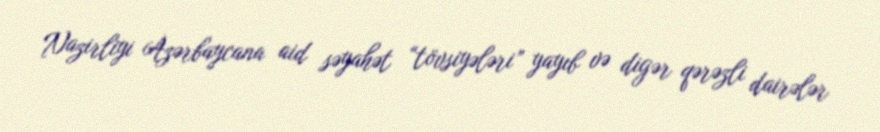
Nazirliyi Azərbaycana aid səyahət “tövsiyələri” yayıb və digər qərəzli dairələr